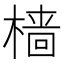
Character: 樯